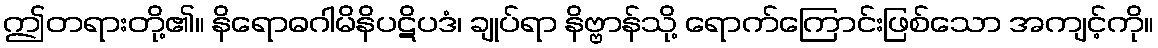
ဤတရားတို့၏။ နိရောဓဂါမိနိပဋိပဒံ၊ ချုပ်ရာ နိဗ္ဗာန်သို့ ရောက်ကြောင်းဖြစ်သော အကျင့်ကို။